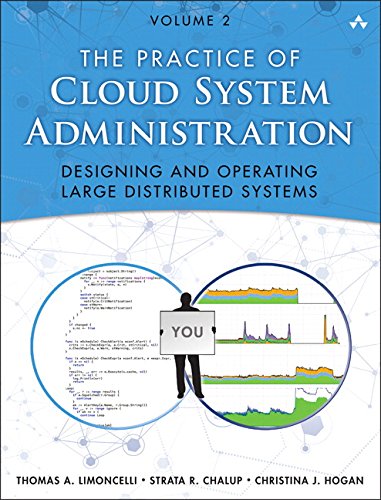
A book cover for The Practice of Cloud System Administration: Designing and Operating Large Distributed Systems, Volume 2; Thomas A. Limoncelli; Computers & Technology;